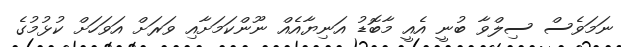
ނަމަވެސް ސިލްވާ ބުނީ އެއީ މާބޮޑު އަނިޔާއެއް ނޫންކަމަށާއި ވަރަށް އަވަހަށް ކުޅުމުގެ